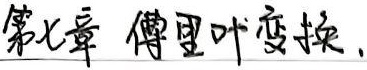
第七章 傅里叶变换。